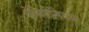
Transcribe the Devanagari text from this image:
पेनिसीलियम